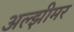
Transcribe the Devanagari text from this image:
अल्झीमर